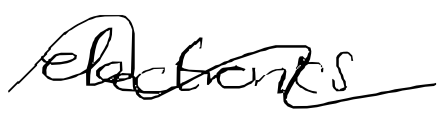
Text: electronics
Cross-out: wave
Writing tool: digital_black